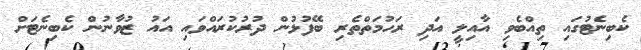
ކެބިނެޓުގައި ތިއްބެވި އާއިލީ އަދި ރަހުމަތްތެރި ބޭފުޅުން ދުރުކުރައްވައި އައު ޒުވާނުން ކެބިނެޓަށް